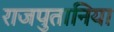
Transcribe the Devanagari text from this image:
राजपुतानिया